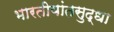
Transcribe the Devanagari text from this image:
भारतीयांतसुद्धा